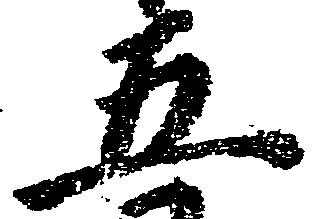
五